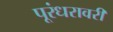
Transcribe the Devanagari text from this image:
पूरंधरावरी